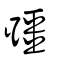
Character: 疆